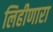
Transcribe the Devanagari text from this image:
लिहीणारा